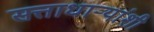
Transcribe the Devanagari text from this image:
सत्ताधाऱ्यांशी